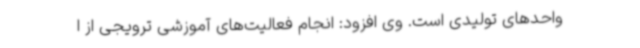
واحدهای تولیدی است. وی افزود: انجام فعالیت‌های آموزشی ترویجی از ا